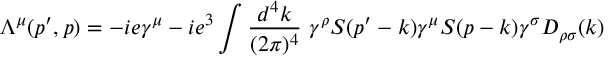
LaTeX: \Lambda ^ { \mu } ( p ^ { \prime } , p ) = - i e \gamma ^ { \mu } - i e ^ { 3 } \int { \frac { d ^ { 4 } k } { ( 2 \pi ) ^ { 4 } } } \ \gamma ^ { \rho } S ( p ^ { \prime } - k ) \gamma ^ { \mu } S ( p - k ) \gamma ^ { \sigma } D _ { \rho \sigma } ( k )